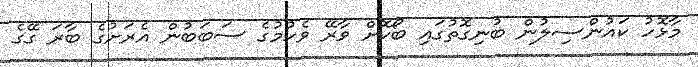
މާޅޮހު ކައުންސިލުން ބުނިގޮތުގައި ބޯކޮށް ވާރޭ ވެހުމުގެ ސަބަބުން އެރަށުގެ ބާރަ ގޭގެ